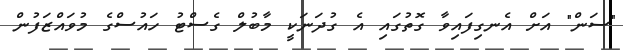
"ސަން" އަށް އެނގިފައިވާ ގޮތުގައި އެ ގުދަނަކީ މާބުލް ގެސްޓު ހައުސްގެ މުވައްޒަފުން